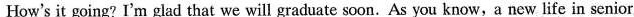
How's it going? I'm glad that we will graduate soon. As you know, a new life in senior